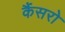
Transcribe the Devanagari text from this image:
कैंसरो